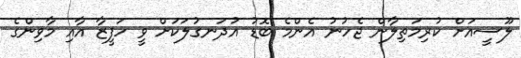
ލޫސީއަށް ކުރިމަތިލާން ޖެހުނު އެންމެ ބޮޑު އުދަނގުލަކަށް ވީ ހަފީޒާ އާއި މާވިންގެ